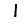
Digit: 1